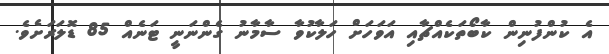
އެ ކުންފުނިން ކާބޯތަކެއްޗާއި އަވަހަށް ހަލާކުވާ ސާމާނު ގެންނަނީ ޓަނެއް 85 ޑޮލަރަށެވެ.